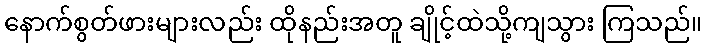
နောက်စွတ်ဖားများလည်း ထိုနည်းအတူ ချိုင့်ထဲသို့ကျသွား ကြသည်။